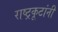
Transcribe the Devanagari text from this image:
राष्ट्रकूटांनी